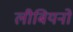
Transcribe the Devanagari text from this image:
लीबियनों